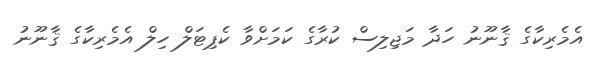
އެމެރިކާގެ ޤާނޫނު ހަދާ މަޖިލިސް ކުރާގެ ކަމަށްވާ ކެޕިޓަލް ހިލް އެމެރިކާގެ ޤާނޫނު